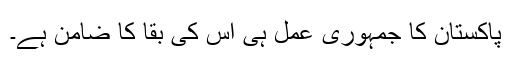
پاکستان کا جمہوری عمل ہی اس کی بقا کا ضامن ہے۔